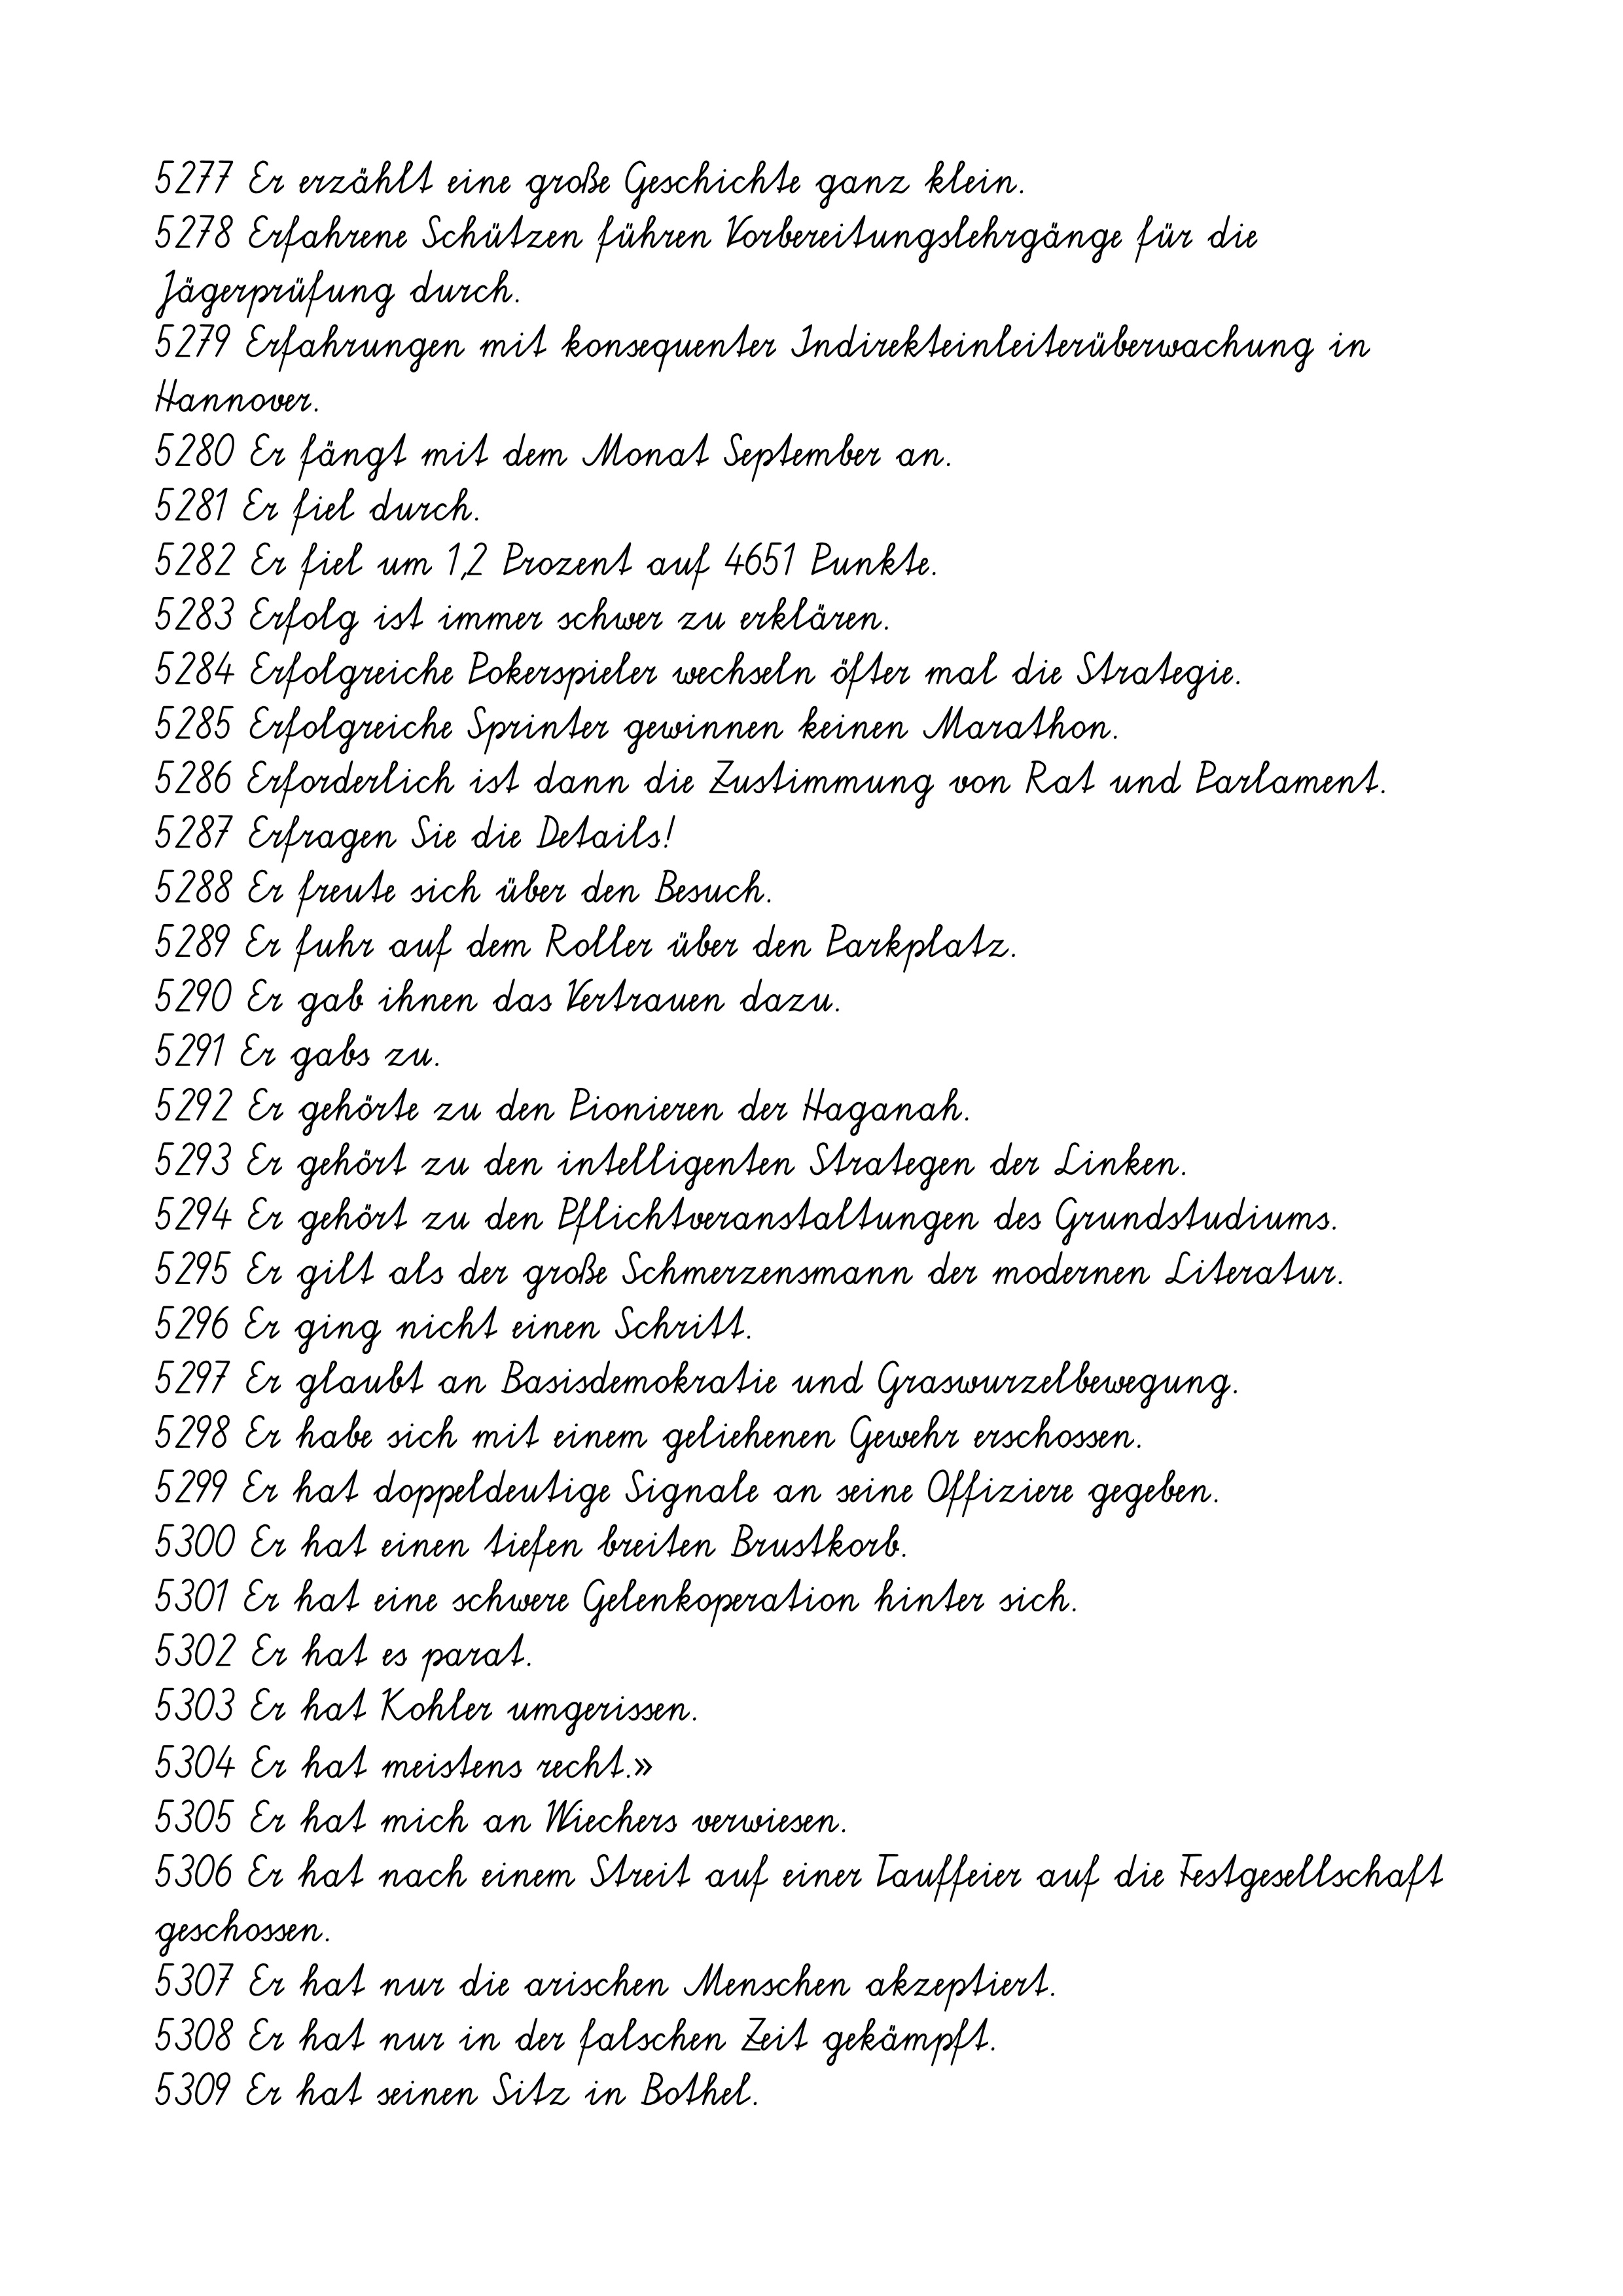
5277 Er erzählt eine große Geschichte ganz klein.
5278 Erfahrene Schützen führen Vorbereitungslehrgänge für die
Jägerprüfung durch.
5279 Erfahrungen mit konsequenter Indirekteinleiterüberwachung in
Hannover.
5280 Er fängt mit dem Monat September an.
5281 Er fiel durch.
5282 Er fiel um 1,2 Prozent auf 4651 Punkte.
5283 Erfolg ist immer schwer zu erklären.
5284 Erfolgreiche Pokerspieler wechseln öfter mal die Strategie.
5285 Erfolgreiche Sprinter gewinnen keinen Marathon.
5286 Erforderlich ist dann die Zustimmung von Rat und Parlament.
5287 Erfragen Sie die Details!
5288 Er freute sich über den Besuch.
5289 Er fuhr auf dem Roller über den Parkplatz.
5290 Er gab ihnen das Vertrauen dazu.
5291 Er gabs zu.
5292 Er gehörte zu den Pionieren der Haganah.
5293 Er gehört zu den intelligenten Strategen der Linken.
5294 Er gehört zu den Pflichtveranstaltungen des Grundstudiums.
5295 Er gilt als der große Schmerzensmann der modernen Literatur.
5296 Er ging nicht einen Schritt.
5297 Er glaubt an Basisdemokratie und Graswurzelbewegung.
5298 Er habe sich mit einem geliehenen Gewehr erschossen.
5299 Er hat doppeldeutige Signale an seine Offiziere gegeben.
5300 Er hat einen tiefen breiten Brustkorb.
5301 Er hat eine schwere Gelenkoperation hinter sich.
5302 Er hat es parat.
5303 Er hat Kohler umgerissen.
5304 Er hat meistens recht.»
5305 Er hat mich an Wiechers verwiesen.
5306 Er hat nach einem Streit auf einer Tauffeier auf die Festgesellschaft
geschossen.
5307 Er hat nur die arischen Menschen akzeptiert.
5308 Er hat nur in der falschen Zeit gekämpft.
5309 Er hat seinen Sitz in Bothel.